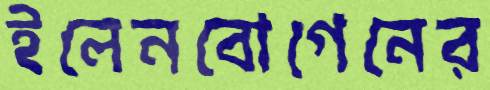
ইলেনবোগেনের